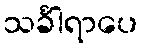
သင်္ခါရာပေ